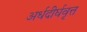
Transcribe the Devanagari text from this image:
अर्धदीर्घवृत्त